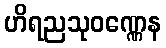
ဟိရညသုဝဏ္ဏေန